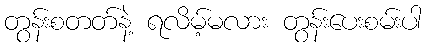
တွန်းစတတ်နဲ့ ရလိမ့်မလား တွန်းပေးစမ်းပါ